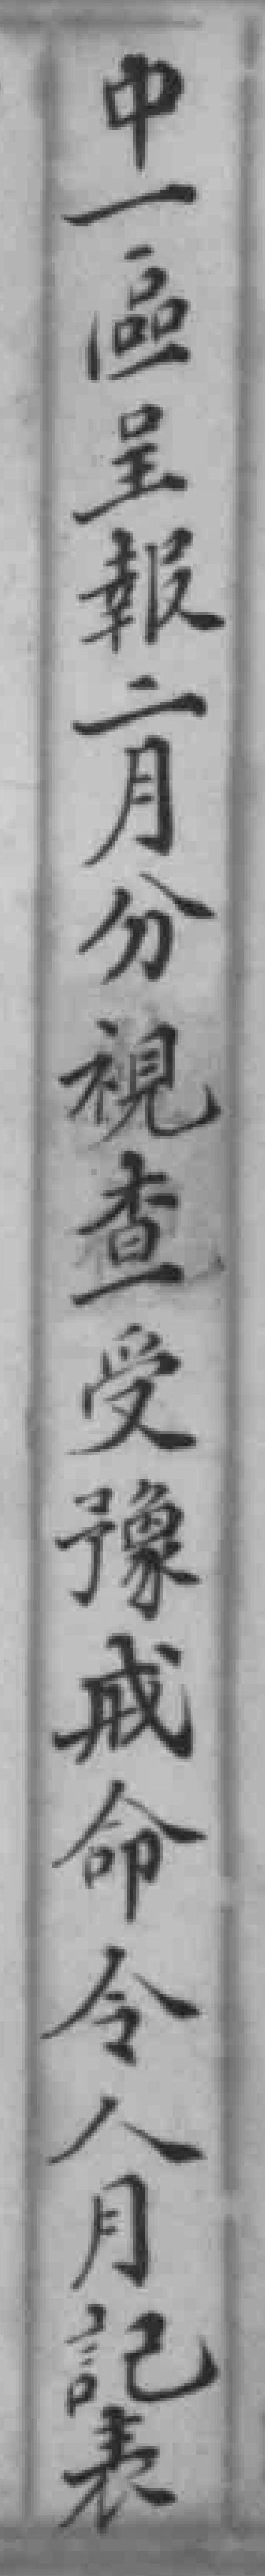
中一區呈報二月分視查受豫戒命令人月記表